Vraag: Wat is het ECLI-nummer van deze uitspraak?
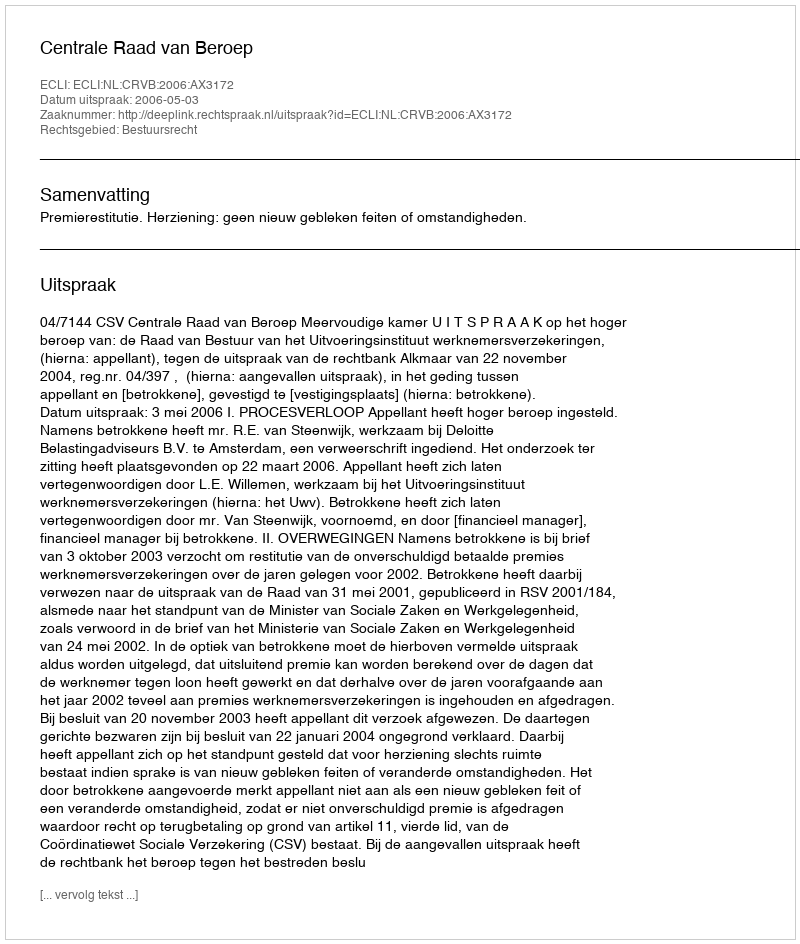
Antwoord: ECLI:NL:CRVB:2006:AX3172